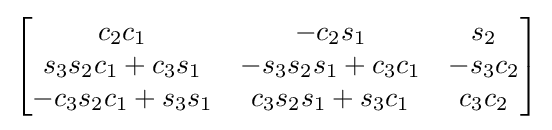
{\begin{bmatrix}c_{2}c_{1}&-c_{2}s_{1}&s_{2}\\s_{3}s_{2}c_{1}+c_{3}s_{1}&-s_{3}s_{2}s_{1}+c_{3}c_{1}&-s_{3}c_{2}\\-c_{3}s_{2}c_{1}+s_{3}s_{1}&c_{3}s_{2}s_{1}+s_{3}c_{1}&c_{3}c_{2}\end{bmatrix}}